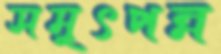
সমুৎপন্ন